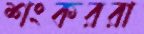
শংকররা